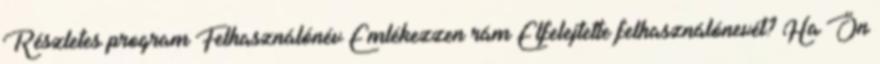
Részletes program Felhasználónév Emlékezzen rám Elfelejtette felhasználónevét? Ha Ön